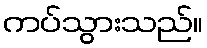
ကပ်သွားသည်။